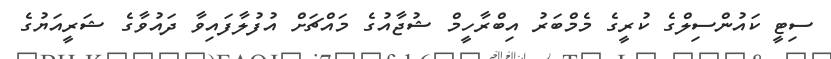
ސިޓީ ކައުންސިލްގެ ކުރީގެ މެމްބަރު އިބްރާހީމް ޝުޖާއުގެ މައްޗަށް އުފުލާފައިވާ ދައުވާގެ ޝަރީއަޔުގެ